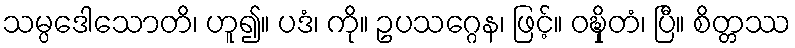
သမ္ပဒေါသောတိ၊ ဟူ၍။ ပဒံ၊ ကို။ ဥပသဂ္ဂေန၊ ဖြင့်။ ဝဍ္ဎှိတံ၊ ပြီ။ စိတ္တဿ